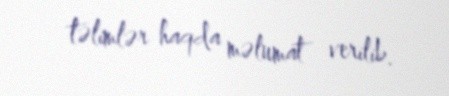
təlimlər haqda məlumat verilib.